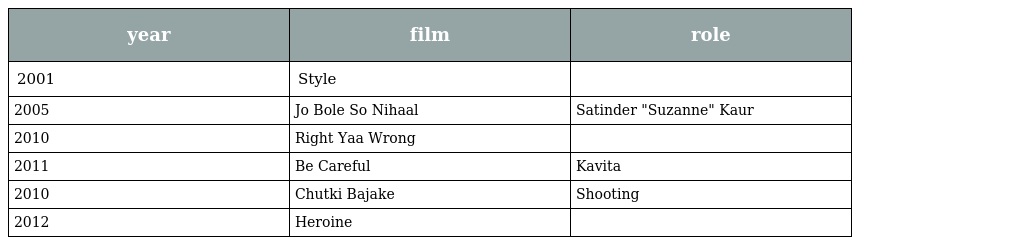
| year | film | role |
 | --- | --- | --- |
 | 2001 | Style |  |
 | 2005 | Jo Bole So Nihaal | Satinder "Suzanne" Kaur |
 | 2010 | Right Yaa Wrong |  |
 | 2011 | Be Careful | Kavita |
 | 2010 | Chutki Bajake | Shooting |
 | 2012 | Heroine |  |